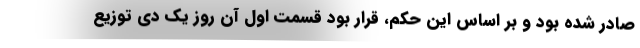
صادر شده بود و بر اساس این حکم، قرار بود قسمت اول آن روز یک دی توزیع